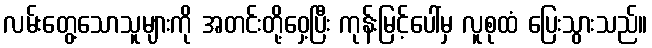
လမ်းတွေ့သောသူများကို အတင်းတို့ဝှေ့ပြီး ကုန်းမြင့်ပေါ်မှ လူစုထံ ပြေးသွားသည်။